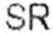
SR